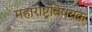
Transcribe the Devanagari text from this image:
महाराष्ट्रविषयक